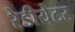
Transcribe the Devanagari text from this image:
रेडीयेटर